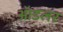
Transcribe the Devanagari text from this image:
ॲाडलर